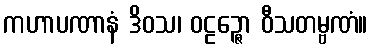
ကဟာပဏာနံ ဒိဝသ၊ ဝဠဉ္ဇော ဝီသတမ္ဗဏံ။